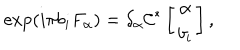
\exp ( i \pi b _ { i } F _ { \alpha } ) = { \delta } _ { \alpha } { \cal C } ^ { * } \left[ \begin{array} { c } { { { \alpha } } } \\ { { b _ { i } } } \\ \end{array} \right] ,